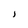
Character: I